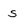
Character: s